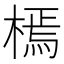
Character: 㯊